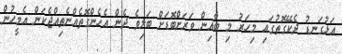
އަޅުގަނޑު ދެކޭގޮތުގައި މިހަރު މި ބާޣިން ވަރަށްބޮޑަށް ބަލިވެ ދެން އެހެންގޮތެއްނެތިއްޖެކަން އެމީހުން